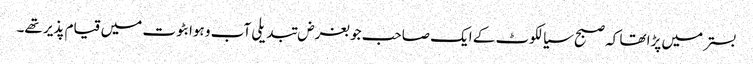
بستر میں پڑا تھا کہ صبح سیالکوٹ کے ایک صاحب جو بغرض تبدیلی آب و ہوا بٹوت میں قیام پذیر تھے۔